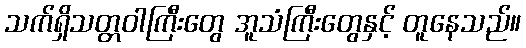
သက်ရှိသတ္တဝါကြီးတွေ အူသံကြီးတွေနှင့် တူနေသည်။